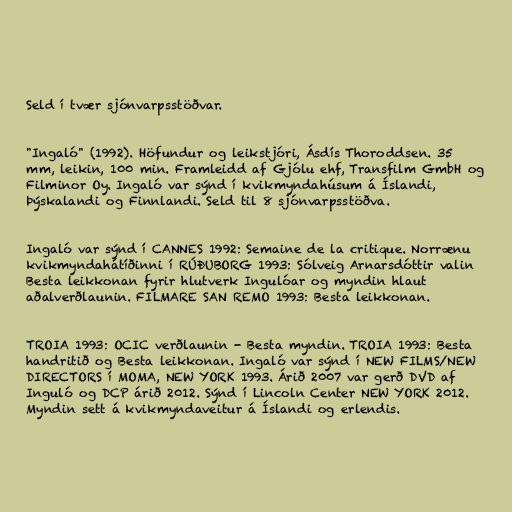
Seld í tvær sjónvarpsstöðvar.

"Ingaló" (1992). Höfundur og leikstjóri, Ásdís Thoroddsen. 35
mm, leikin, 100 min. Framleidd af Gjólu ehf, Transfilm GmbH og
Filminor Oy. Ingaló var sýnd í kvikmyndahúsum á Íslandi,
Þýskalandi og Finnlandi. Seld til 8 sjónvarpsstöðva.

Ingaló var sýnd í CANNES 1992: Semaine de la critique. Norrænu
kvikmyndahátíðinni í RÚÐUBORG 1993: Sólveig Arnarsdóttir valin
Besta leikkonan fyrir hlutverk Ingulóar og myndin hlaut
aðalverðlaunin. FILMARE SAN REMO 1993: Besta leikkonan.

TROIA 1993: OCIC verðlaunin - Besta myndin. TROIA 1993: Besta
handritið og Besta leikkonan. Ingaló var sýnd í NEW FILMS/NEW
DIRECTORS í MOMA, NEW YORK 1993. Árið 2007 var gerð DVD af
Inguló og DCP árið 2012. Sýnd í Lincoln Center NEW YORK 2012.
Myndin sett á kvikmyndaveitur á Íslandi og erlendis.